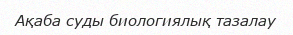
Ақаба суды биологиялық тазалау